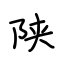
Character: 陕